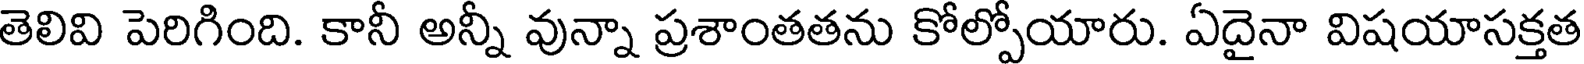
తెలివి పెరిగింది. కానీ అన్నీ వున్నా ప్రశాంతతను కోల్పోయారు. ఏదైనా విషయాసక్తత